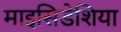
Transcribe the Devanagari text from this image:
माइसिडेशिया